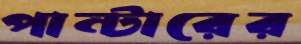
পান্টারের